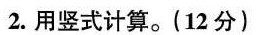
2.用竖式计算。（12分）